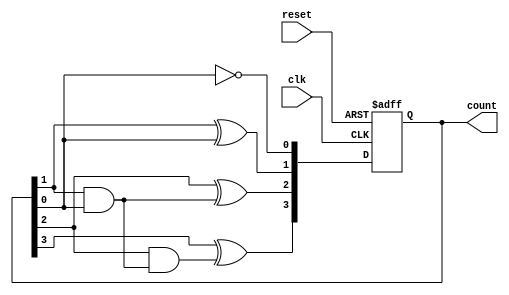
module ripple_counter (
    input wire clk,        // Clock input
    input wire reset,      // Asynchronous reset
    output reg [3:0] count // 4-bit count output
);

// Always block triggered on the rising edge of the clock or reset
always @(posedge clk or posedge reset) begin
    if (reset) begin
        count <= 4'b0000; // Reset the count to 0
    end else begin
        // Ripple counting logic
        count[0] <= ~count[0]; // Toggle LSB
        count[1] <= count[1] ^ count[0]; // Toggle next bit if LSB is 0 to 1
        count[2] <= count[2] ^ (count[1] & count[0]); // Toggle next bit based on previous bits
        count[3] <= count[3] ^ (count[2] & (count[1] & count[0])); // Toggle MSB based on previous bits
    end
end

endmodule